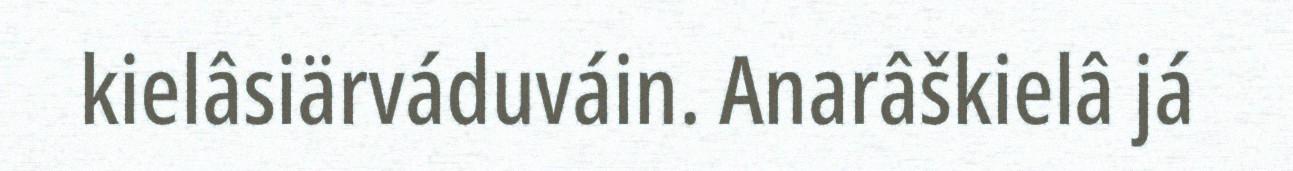
kielâsiärváduváin. Anarâškielâ já